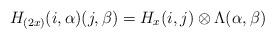
LaTeX: \begin{align*}H_{(2x)}(i,\alpha)(j,\beta)=H_x(i,j)\otimes \Lambda(\alpha,\beta)\end{align*}